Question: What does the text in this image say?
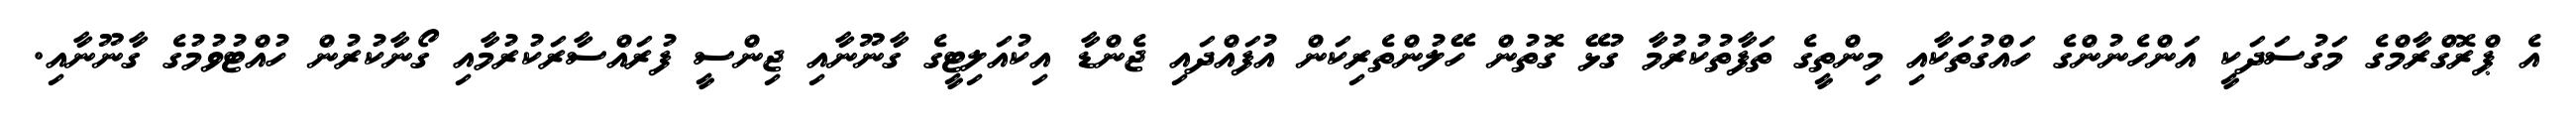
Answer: އެ ޕްރޮގްރާމްގެ މަގުސަދަކީ އަންހެނުންގެ ހައްގުތަކާއި މިންތީގެ ތަފާތުކުރުމާ ގުޅޭ ގޮތުން ހޭލުންތެރިކަން އުފައްދައި ޖެންޑާ އިކުއަލިޓީގެ ގާނޫނާއި ޖިންސީ ފުރައްސާރަކުރުމާއި ގޯނާކުރުން ހުއްޓުވުމުގެ ގާނޫނާއި.